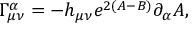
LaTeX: \Gamma _ { \mu \nu } ^ { \alpha } = - h _ { \mu \nu } e ^ { 2 ( A - B ) } \partial _ { \alpha } A ,